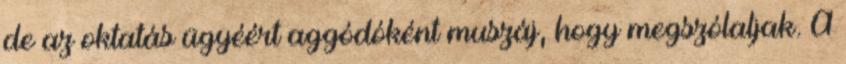
de az oktatás ügyéért aggódóként muszáj, hogy megszólaljak. A